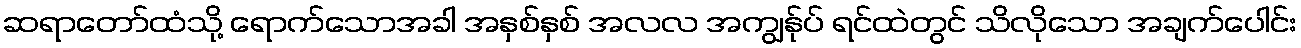
ဆရာတော်ထံသို့ ရောက်သောအခါ အနှစ်နှစ် အလလ အကျွန်ုပ် ရင်ထဲတွင် သိလိုသော အချက်ပေါင်း